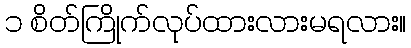
၁ စိတ်ကြိုက်လုပ်ထားလားမရလား။